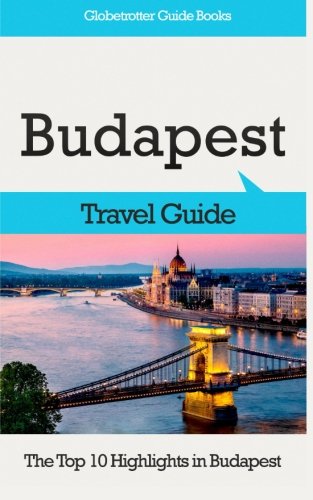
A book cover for Budapest Travel Guide: The Top 10 Highlights in Budapest; Marc Cook; Travel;